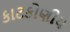
કાટકોણીય